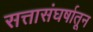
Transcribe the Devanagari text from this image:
सत्तासंघर्षातून